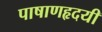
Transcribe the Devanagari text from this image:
पाषाणहृदयी